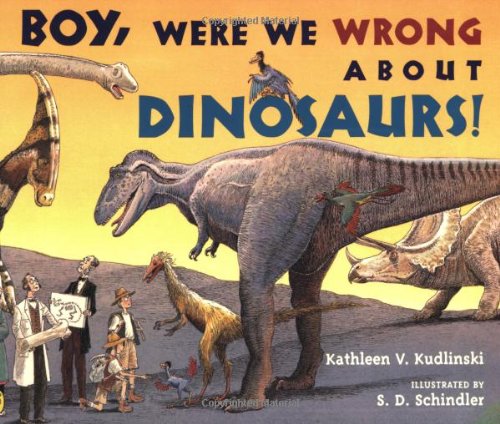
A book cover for Houghton Mifflin Harcourt Journeys: Common Core Trade Book Grade 3 Boy, Were We Wrong About Dinosaurs, Kathleen V. Kudlinski; HOUGHTON MIFFLIN HARCOURT; Science & Math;